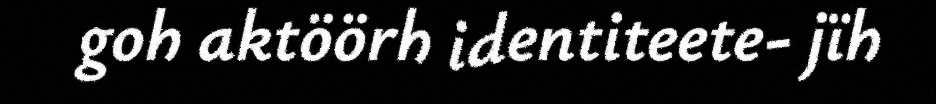
goh aktöörh identiteete- jïh